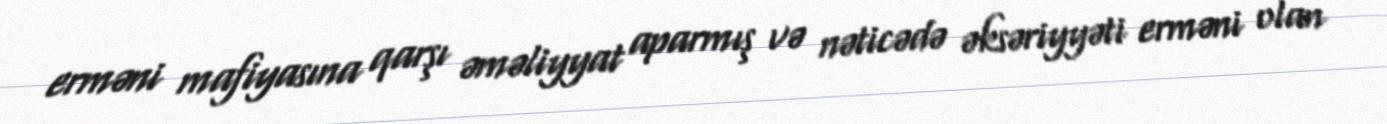
erməni mafiyasına qarşı əməliyyat aparmış və nəticədə əksəriyyəti erməni olan